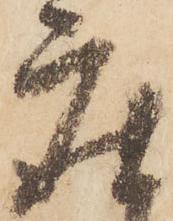
座